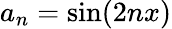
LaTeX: a_{n}=\sin(2nx)